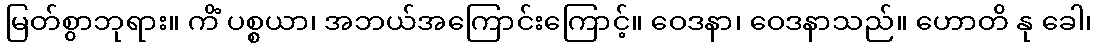
မြတ်စွာဘုရား။ ကိံ ပစ္စယာ၊ အဘယ်အကြောင်းကြောင့်။ ဝေဒနာ၊ ဝေဒနာသည်။ ဟောတိ နု ခေါ၊